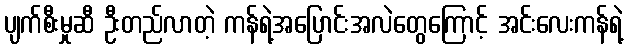
ပျက်စီးမှုဆီ ဦးတည်လာတဲ့ ကန်ရဲ့အပြောင်းအလဲတွေကြောင့် အင်းလေးကန်ရဲ့